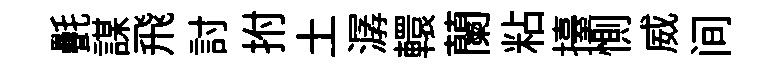
㲲謀飛討拊土潺轘蘭粘擡惻威间